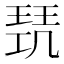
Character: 𭹥